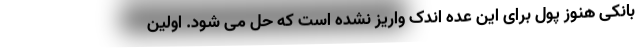
بانکی هنوز پول برای این عده اندک واریز نشده است که حل می شود. اولین